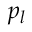
{ { p } _ { l } }